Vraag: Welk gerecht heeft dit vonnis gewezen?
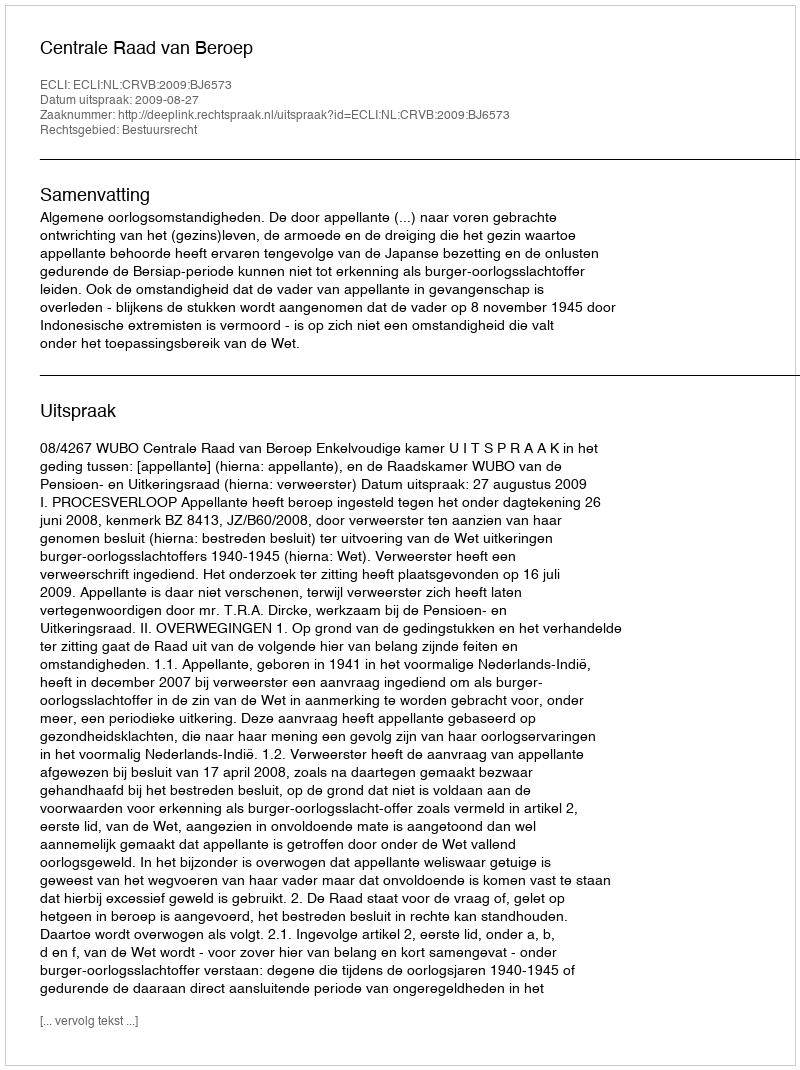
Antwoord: Centrale Raad van Beroep